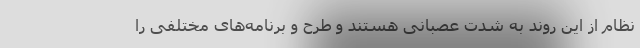
نظام از این روند به شدت عصبانی هستند و طرح و برنامه‌های مختلفی را